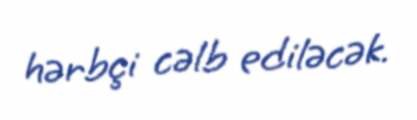
hərbçi cəlb ediləcək.